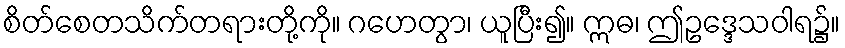
စိတ်စေတသိက်တရားတို့ကို။ ဂဟေတွာ၊ ယူပြီး၍။ ဣဓ၊ ဤဥဒ္ဒေသဝါရ၌။